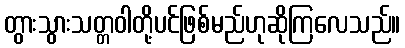
တွားသွားသတ္တဝါတို့ပင်ဖြစ်မည်ဟုဆိုကြလေသည်။